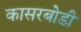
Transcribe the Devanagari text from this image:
कासरबोडी